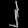
Digit: ၂